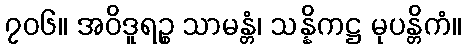
၇၀၆။ အဝိဒူရဉ္စ သာမန္တံ၊ သန္နိကဋ္ဌ မုပန္တိကံ။